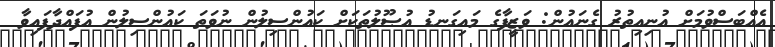
އެއްބަސްވުމަށް އުނިއިތުރު ގެނައުން: ވަޒީފާގެ މައިގަނޑު އުޞޫލުތަކަށް ކައުންސިލުން ނުވަތަ ކައުންސިލުން އުފައްދާފައިވާ